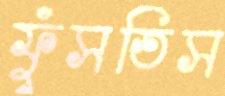
ফুঁসতিস